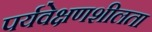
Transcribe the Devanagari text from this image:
पर्यवेक्षणशीलता